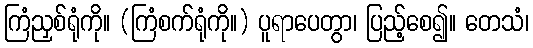
ကြံညှစ်ရုံကို။ (ကြံစက်ရုံကို။) ပူရာပေတွာ၊ ပြည့်စေ၍။ တေသံ၊